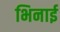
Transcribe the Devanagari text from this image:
भिनाई